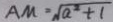
A M = \sqrt { a ^ { 2 } + 1 }